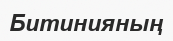
Битинияның